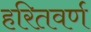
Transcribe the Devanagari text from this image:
हरितवर्ण